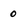
Character: 0